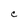
Character: C